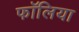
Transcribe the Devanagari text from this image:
फॉलिया